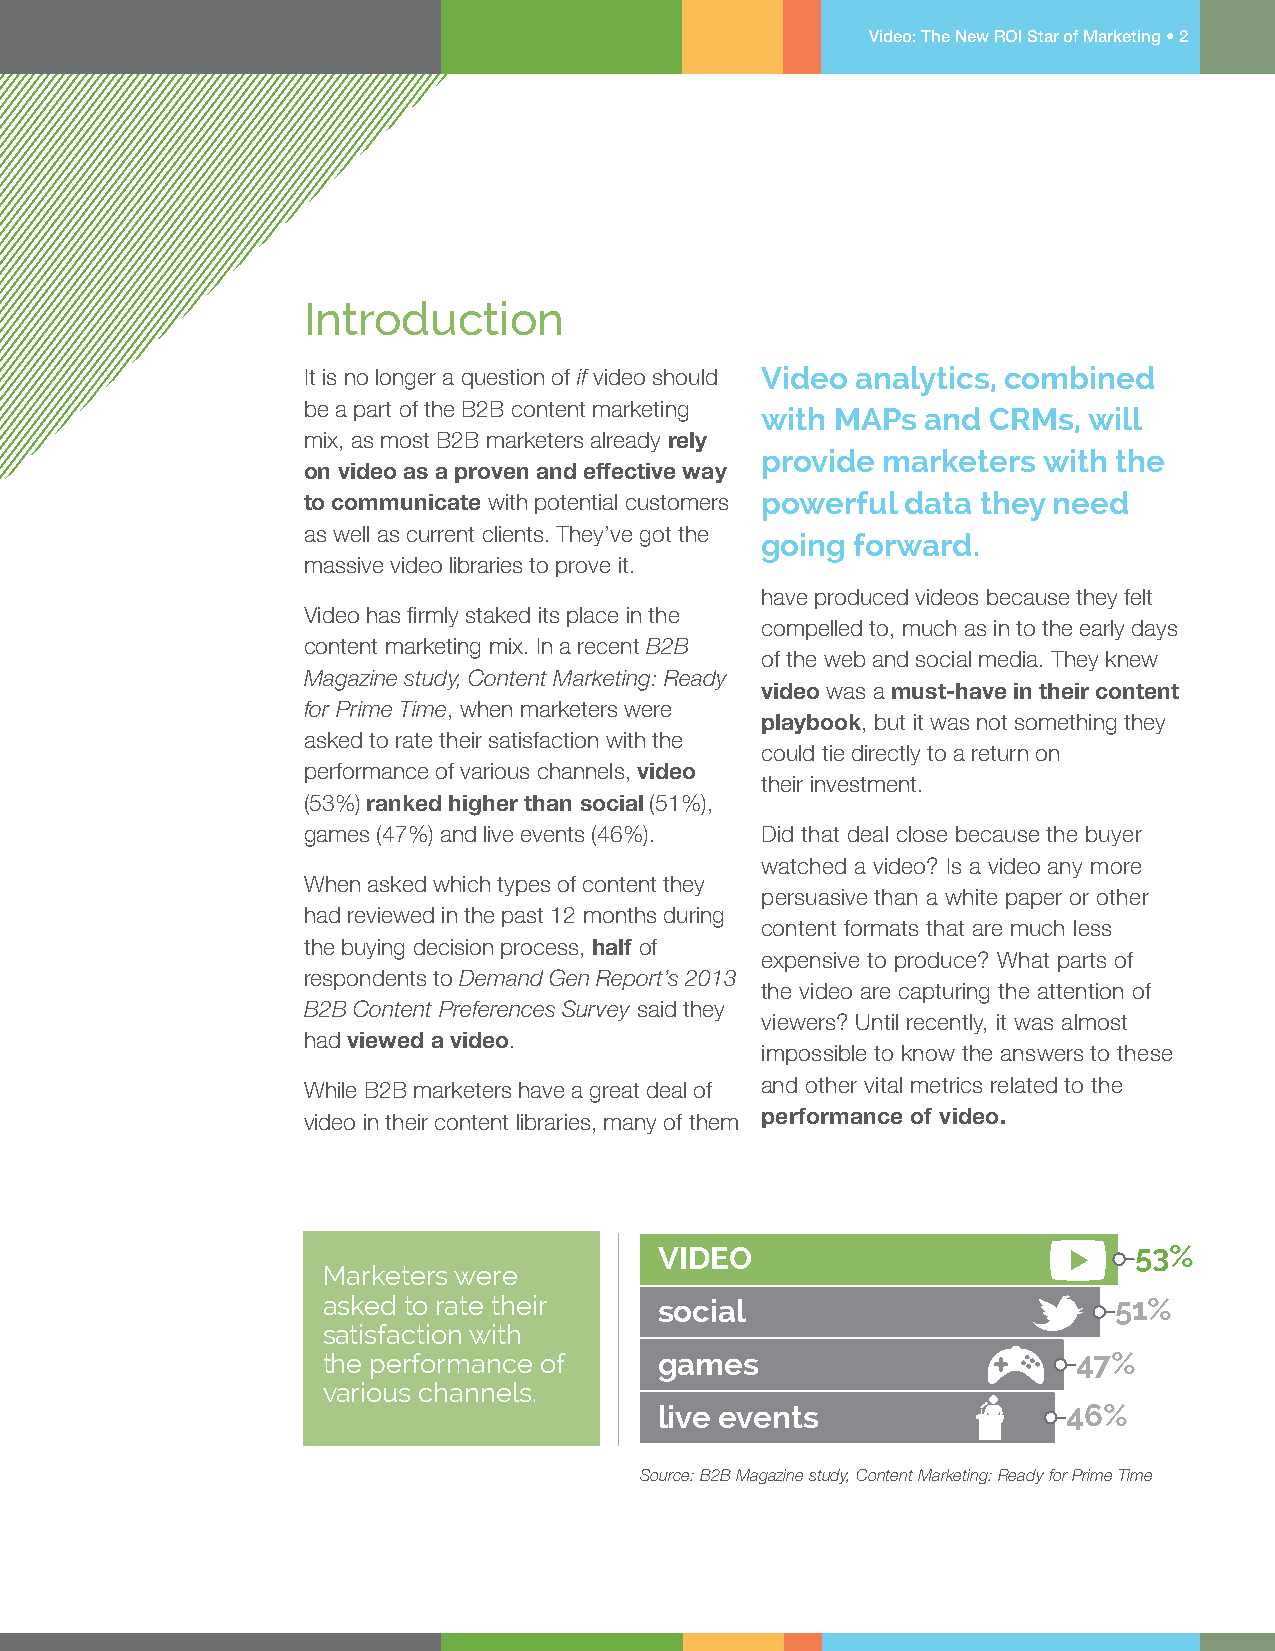
Video: The New ROI Star of Marketing • 2
 Introduction
 It is no longer a question of if video should Video analytics, combined
 be a part of the B2B content marketing
 with MAPs  and CRMs,  will
 mix, as most B2B marketers already rely
 provide marketers  with the
 on video as a proven and effective way
 to communicate with potential customers powerful data they need
 as well as current clients. They’ve got the
 going  forward.
 massive video libraries to prove it.
 have produced videos because they felt
 Video has firmly staked its place in the
 compelled to, much as in to the early days
 content marketing mix. In a recent B2B
 of the web and social media. They knew
 Magazine study, Content Marketing: Ready
 video was a must-have in their content
 for Prime Time, when marketers were
 playbook, but it was not something they
 asked to rate their satisfaction with the
 could tie directly to a return on
 performance of various channels, video
 their investment.
 (53%) ranked higher than social (51%),
 games (47%) and live events (46%). Did that deal close because the buyer
 watched a video? Is a video any more
 When asked which types of content they
 persuasive than a white paper or other
 had reviewed in the past 12 months during
 content formats that are much less
 the buying decision process, half of
 expensive to produce? What parts of
 respondents to Demand Gen Report’s 2013
 the video are capturing the attention of
 B2B Content Preferences Survey said they
 viewers? Until recently, it was almost
 had viewed a video.
 impossible to know the answers to these
 While B2B marketers have a great deal of and other vital metrics related to the
 video in their content libraries, many of them performance of video.
 VIDEO                          53%
 Marketers were
 asked to rate their    social                        51%
 satisfaction with
 the performance of     games                      47%
 various channels.
 live events                46%
 Source: B2B Magazine study, Content Marketing: Ready for Prime Time